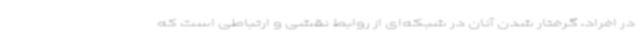
در افراد، گرفتار شدن آنان در شبکه‌ای از روابط نقشی و ارتباطی است که